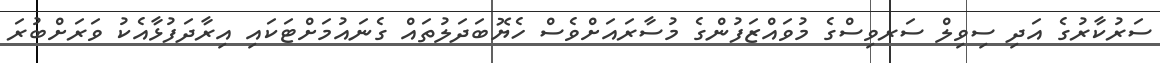
ސަރުކާރުގެ އަދި ސިވިލް ސަރވިސްގެ މުވައްޒަފުންގެ މުސާރައަށްވެސް ހެޔޮބަދަލުތައް ގެނައުމަށްޓަކައި އިރާދަފުޅާއެކު ވަރަށްބުރަ